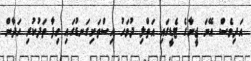
އަދިވެސް އޭނަ ޖީނާގެ ޓެޑީގައި އަތްލި ދުވަހު އިސްތަށިގަނޑުގައި ހިފާ ތަދުކުރި ހަދާން